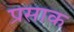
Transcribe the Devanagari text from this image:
प्रसाक